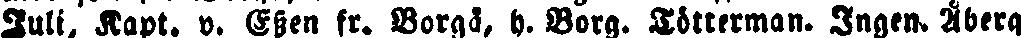
Juli, Kapt. v. Essen fr. Borgå, h. Borg. Tötterman. Ingen. Åberg